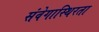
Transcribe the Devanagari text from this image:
संवेगास्थिरता